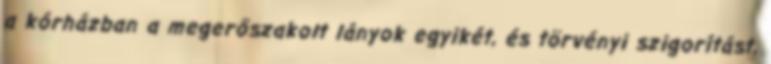
a kórházban a megerőszakolt lányok egyikét, és törvényi szigorítást,